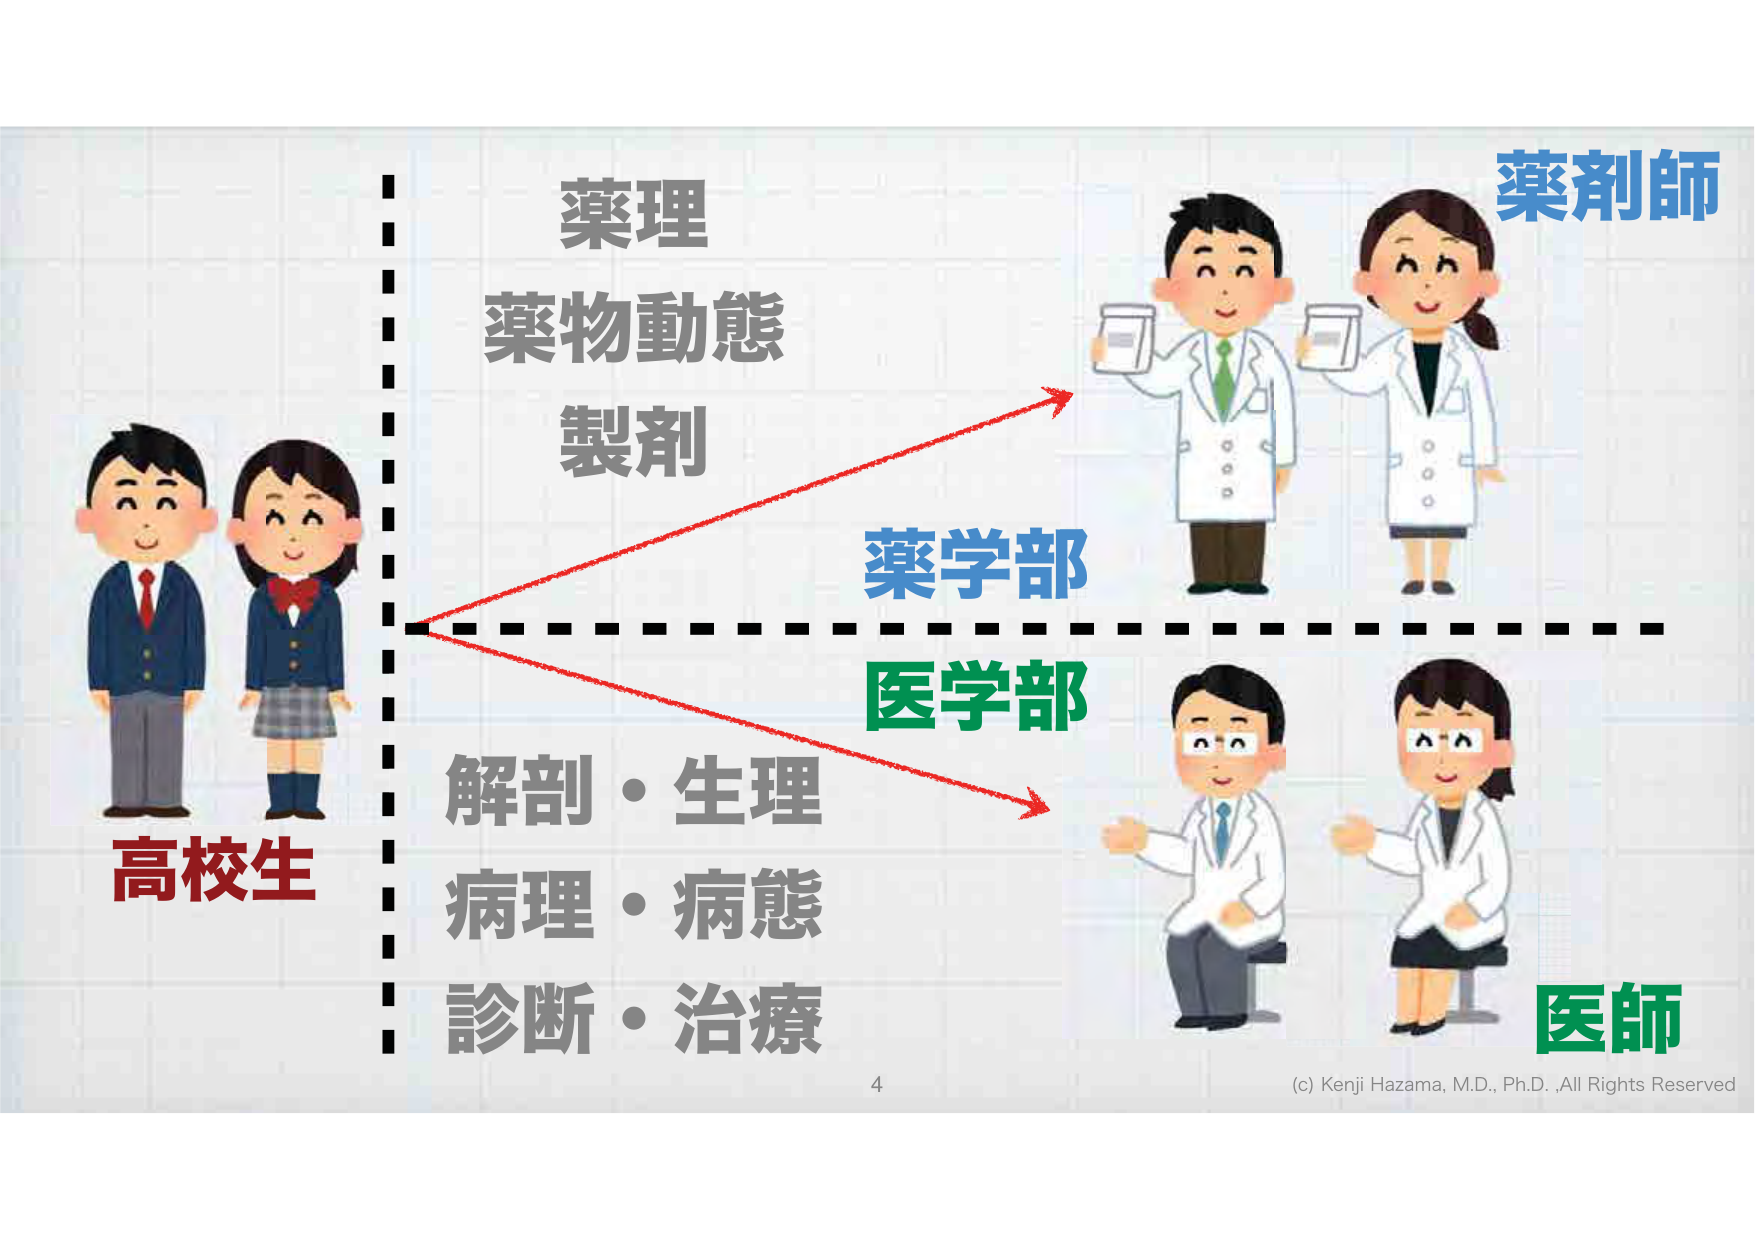
高校生
薬理
薬物動態
製剤
薬学部
薬剤師
医学部
解剖・生理
病理・病態
診断・治療
医師
4
(c) Kenji Hazama, M.D., Ph.D., All Rights Reserved